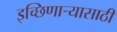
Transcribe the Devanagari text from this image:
इच्छिणाऱ्यासाठी